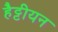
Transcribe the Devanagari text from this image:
हैट्टीयन